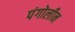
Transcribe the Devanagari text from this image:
पंगोलीन